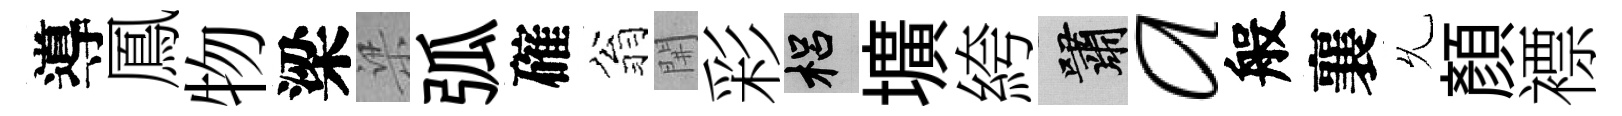
導鳳物梁梁弧確翁𨳩彩梠壙絝嘯a般襄𠃔顏褾